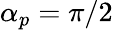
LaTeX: \alpha_{p}=\pi/2